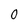
Character: 0